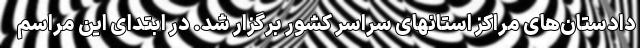
دادستان‌های مراکز استانهای سراسر کشور برگزار شد. در ابتدای این مراسم